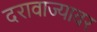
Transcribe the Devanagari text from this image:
दरावाज्यावर